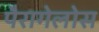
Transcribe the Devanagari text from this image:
पैरागेलोस